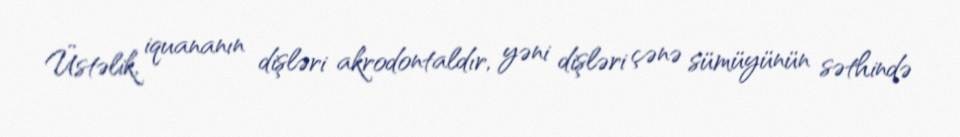
Üstəlik, iquananın dişləri akrodontaldır, yəni dişləri çənə sümüyünün səthində